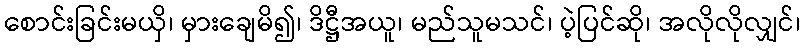
စောင်းခြင်းမယှိ၊ မှားချေမိ၍၊ ဒိဋ္ဌီအယူ၊ မည်သူမသင်၊ ပဲ့ပြင်ဆို၊ အလိုလိုလျှင်၊